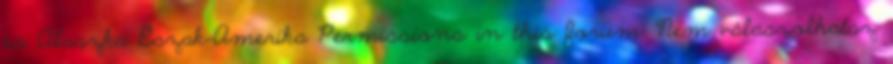
és Alaszka Észak-Amerika Permissions in this forum: Nem válaszolhatsz